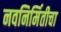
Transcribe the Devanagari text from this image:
नवनिर्मितीचा